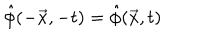
\hat { \phi } ( - \vec { x } , - t ) = \hat { \phi } ( \vec { x } , t )